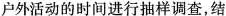
户外活动的时间进行抽样调查，结